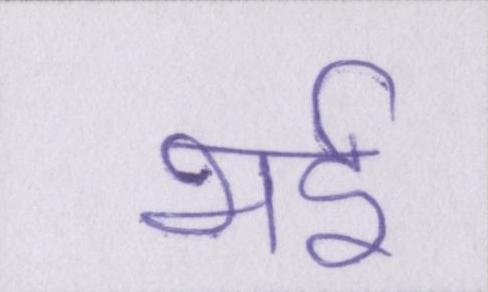
भई